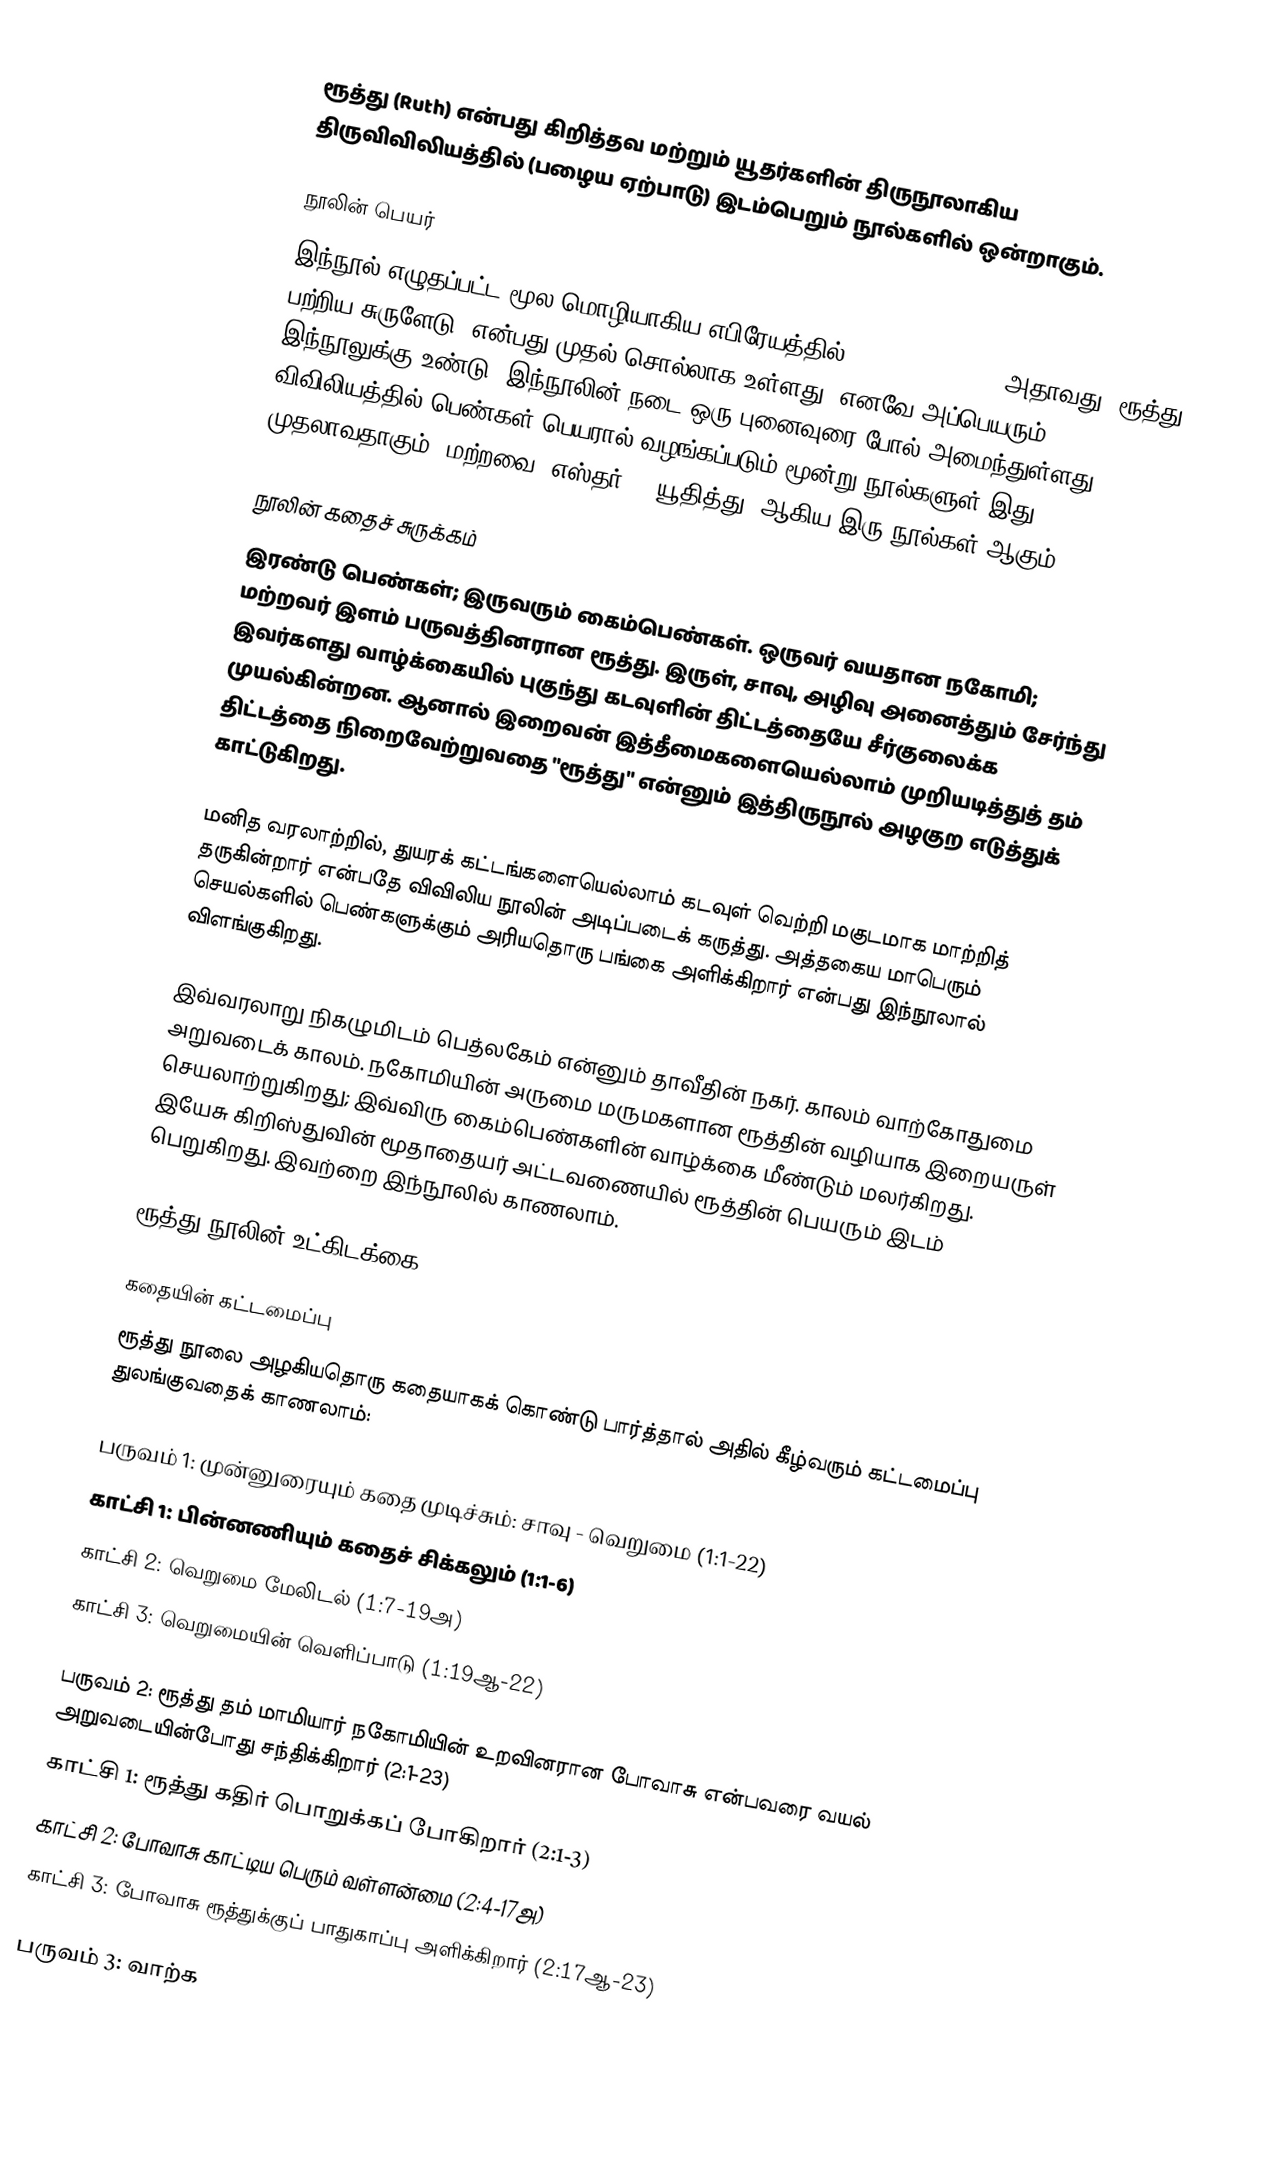
ரூத்து (Ruth) என்பது கிறித்தவ மற்றும் யூதர்களின் திருநூலாகிய திருவிவிலியத்தில் (பழைய ஏற்பாடு) இடம்பெறும் நூல்களில் ஒன்றாகும்.

நூலின் பெயர்
இந்நூல் எழுதப்பட்ட மூல மொழியாகிய எபிரேயத்தில் "Meghilath Ruth" அதாவது "ரூத்து பற்றிய சுருளேடு" என்பது முதல் சொல்லாக உள்ளது. எனவே அப்பெயரும் இந்நூலுக்கு உண்டு. இந்நூலின் நடை ஒரு புனைவுரை போல் அமைந்துள்ளது. விவிலியத்தில் பெண்கள் பெயரால் வழங்கப்படும் மூன்று நூல்களுள் இது முதலாவதாகும். மற்றவை "எஸ்தர்", "யூதித்து" ஆகிய இரு நூல்கள் ஆகும்.

நூலின் கதைச் சுருக்கம்
இரண்டு பெண்கள்; இருவரும் கைம்பெண்கள். ஒருவர் வயதான நகோமி; மற்றவர் இளம் பருவத்தினரான ரூத்து. இருள், சாவு, அழிவு அனைத்தும் சேர்ந்து இவர்களது வாழ்க்கையில் புகுந்து கடவுளின் திட்டத்தையே சீர்குலைக்க முயல்கின்றன. ஆனால் இறைவன் இத்தீமைகளையெல்லாம் முறியடித்துத் தம் திட்டத்தை நிறைவேற்றுவதை "ரூத்து" என்னும் இத்திருநூல் அழகுற எடுத்துக் காட்டுகிறது.

மனித வரலாற்றில், துயரக் கட்டங்களையெல்லாம் கடவுள் வெற்றி மகுடமாக மாற்றித் தருகின்றார் என்பதே விவிலிய நூலின் அடிப்படைக் கருத்து. அத்தகைய மாபெரும் செயல்களில் பெண்களுக்கும் அரியதொரு பங்கை அளிக்கிறார் என்பது இந்நூலால் விளங்குகிறது.

இவ்வரலாறு நிகழுமிடம் பெத்லகேம் என்னும் தாவீதின் நகர். காலம் வாற்கோதுமை அறுவடைக் காலம். நகோமியின் அருமை மருமகளான ரூத்தின் வழியாக இறையருள் செயலாற்றுகிறது; இவ்விரு கைம்பெண்களின் வாழ்க்கை மீண்டும் மலர்கிறது. இயேசு கிறிஸ்துவின் மூதாதையர் அட்டவணையில் ரூத்தின் பெயரும் இடம் பெறுகிறது. இவற்றை இந்நூலில் காணலாம்.

ரூத்து நூலின் உட்கிடக்கை

கதையின் கட்டமைப்பு
ரூத்து நூலை அழகியதொரு கதையாகக் கொண்டு பார்த்தால் அதில் கீழ்வரும் கட்டமைப்பு துலங்குவதைக் காணலாம்:

பருவம் 1: முன்னுரையும் கதை முடிச்சும்: சாவு - வெறுமை (1:1-22)
	காட்சி 1: பின்னணியும் கதைச் சிக்கலும் (1:1-6)
	காட்சி 2: வெறுமை மேலிடல் (1:7-19அ)
	காட்சி 3: வெறுமையின் வெளிப்பாடு (1:19ஆ-22)

பருவம் 2: ரூத்து தம் மாமியார் நகோமியின் உறவினரான போவாசு என்பவரை வயல் அறுவடையின்போது சந்திக்கிறார் (2:1-23)
	காட்சி 1: ரூத்து கதிர் பொறுக்கப் போகிறார் (2:1-3)
	காட்சி 2: போவாசு காட்டிய பெரும் வள்ளன்மை (2:4-17அ)
	காட்சி 3: போவாசு ரூத்துக்குப் பாதுகாப்பு அளிக்கிறார் (2:17ஆ-23)

பருவம் 3: வாற்க